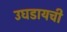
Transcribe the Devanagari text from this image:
उघडायची